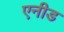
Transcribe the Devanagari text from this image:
एनीड